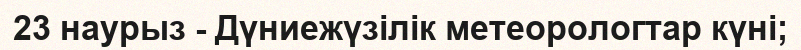
23 наурыз - Дүниежүзілік метеорологтар күні;